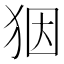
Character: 𤝱